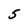
Character: 5